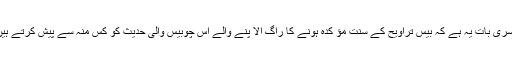
دوسری بات یہ ہے کہ بیس تراویح کے سنتِ مؤ کدہ ہونے کا راگ الا پنے والے اس چوبیس والی حدیث کو کس منہ سے پیش کرتے ہیں ؟